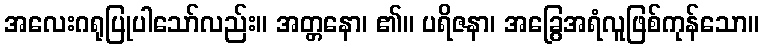
အလေးဂရုပြုပါသော်လည်း။ အတ္တနော၊ ၏။ ပရိဇနာ၊ အခြွေအရံလူဖြစ်ကုန်သော။